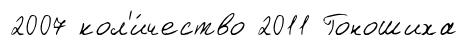
2007 кол'и́чество 2011 Гоношиха